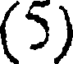
(5)